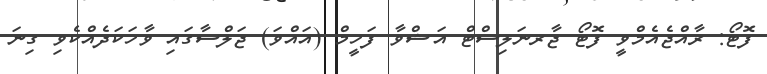
ފޮޓޯ: ރާއްޖެއެމްވީ ފޮޓޯ ޖާރނަލިސްޓް އަޝްވާ ފަހީމް (އައްވަ) ޖަލްސާގައި ވާހަކަދެއްކެވި ގިނަ